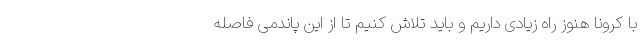
با کرونا هنوز راه زیادی داریم و باید تلاش کنیم تا از این پاندمی فاصله